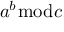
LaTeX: a ^ { b } { \bmod { c } }